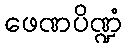
ဖေဏပိဏ္ဍံ